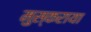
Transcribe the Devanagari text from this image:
मुस्कराया